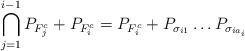
LaTeX: \begin{align*}\bigcap^{i-1}_{j=1}P_{F^c_j}+P_{F^c_i}=P_{F^c_i}+P_{\sigma_{i1}}\ldots P_{\sigma_{ia_i}}\end{align*}